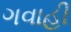
ગવાહી